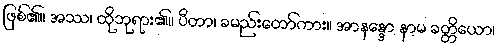
ဖြစ်၏။ အဿ၊ ထိုဘုရား၏။ ပီတာ၊ ခမည်းတော်ကား။ အာနန္ဒော နာမ ခတ္တိယော၊